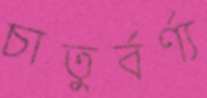
চাতুর্বর্ণ্য